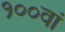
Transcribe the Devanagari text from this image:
१००वां